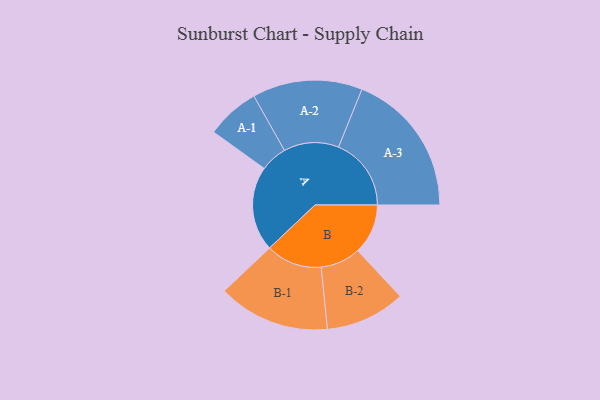
{"axis": {"x": "Segment", "y": "Value"}, "legend": ["", "A", "B"], "data": [{"x": "A", "y": 339, "type": ""}, {"x": "B", "y": 201, "type": ""}, {"x": "A-1", "y": 107, "type": "A"}, {"x": "A-2", "y": 220, "type": "A"}, {"x": "A-3", "y": 291, "type": "A"}, {"x": "B-1", "y": 224, "type": "B"}, {"x": "B-2", "y": 160, "type": "B"}]}